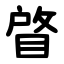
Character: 䁈